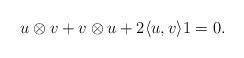
LaTeX: \begin{align*}u \otimes v +v \otimes u +2 \langle u,v \rangle 1 =0.\end{align*}